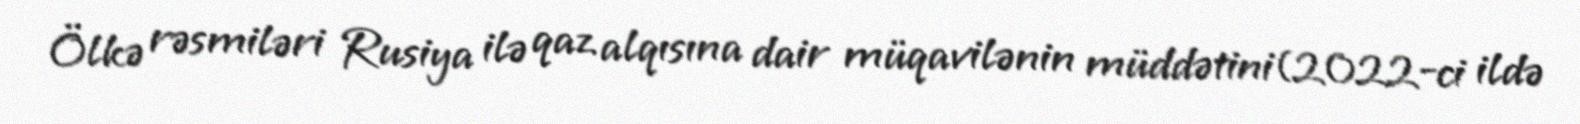
Ölkə rəsmiləri Rusiya ilə qaz alqısına dair müqavilənin müddətini(2022-ci ildə